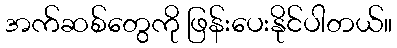
အက်ဆစ်တွေကို ဖြန်းပေးနိုင်ပါတယ်။